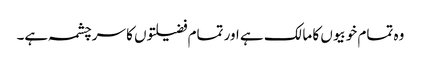
وہ تمام خوبیوں کا مالک ہے اور تمام فضیلتوں کا سرچشمہ ہے۔